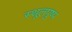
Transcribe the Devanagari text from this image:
स्थूलपुष्प